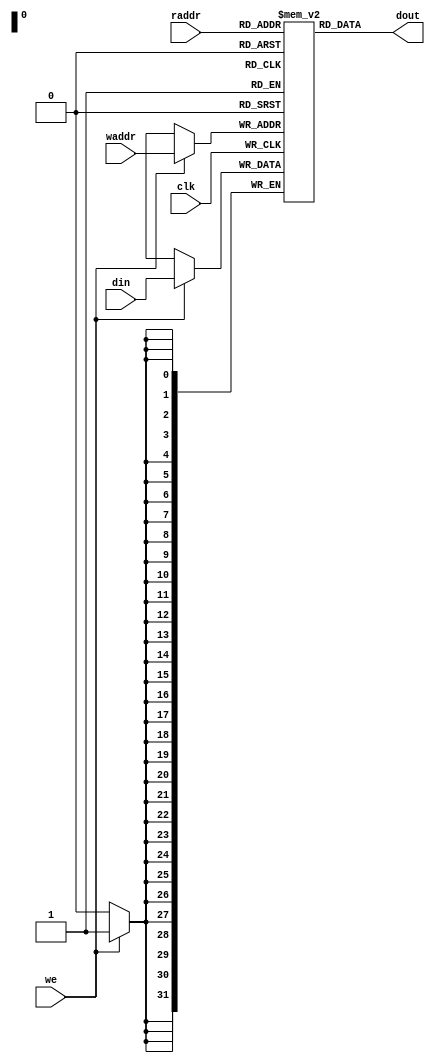
/******************************************************************************
 This Source Code Form is subject to the terms of the
 Open Hardware Description License, v. 1.0. If a copy
 of the OHDL was not distributed with this file, You
 can obtain one at http://juliusbaxter.net/ohdl/ohdl.txt

 Description:
 Simple single clocked dual port ram (separate read and write ports),
 with optional bypass logic. Asynchronous read.

 Copyright (C) 2012 Stefan Kristiansson <stefan.kristiansson@saunalahti.fi>

 ******************************************************************************/

module simple_dpram_sclk
  #(
    parameter ADDR_WIDTH = 32,
    parameter DATA_WIDTH = 32,
    parameter ENABLE_BYPASS = 1
    )
   (
    input 		    clk,
    input [ADDR_WIDTH-1:0]  raddr,
    input [ADDR_WIDTH-1:0]  waddr,
    input 		    we,
    input [DATA_WIDTH-1:0]  din,
    output [DATA_WIDTH-1:0] dout
    );

   reg [DATA_WIDTH-1:0]     mem[(1<<ADDR_WIDTH)-1:0];
   
   always @(posedge clk) begin
      if (we)
	mem[waddr] <= din;
   end
   
   assign dout = mem[raddr];

endmodule